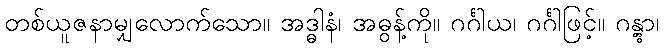
တစ်ယူဇနာမျှလောက်သော။ အဒ္ဓါနံ၊ အဓွန့်ကို။ ဂင်္ဂါယ၊ ဂင်္ဂါဖြင့်။ ဂန္တွာ၊